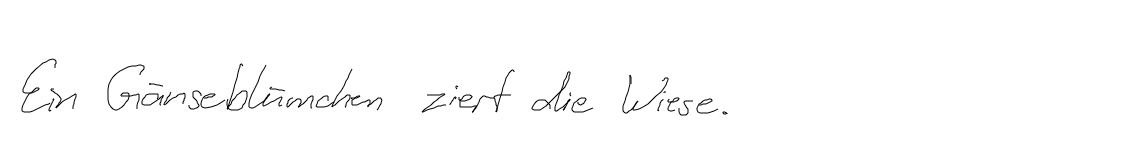
Ein Gänseblümchen ziert die Wiese.